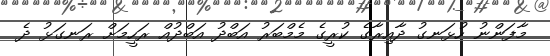
މާފަންނު ހުޅަނގު ދާއިރާގެ ކުރީގެ މެމްބަރު އަބްދު އަބްދުއް ރަހީމަށް ރަނގަޅު ދެ